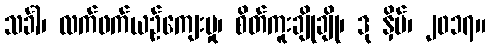
သင်္ခါ၊ လက်ဖက်ယဉ်ကျေးမှု၊ စိတ်ကူးချိုချို၊ ဒု နှိပ်၊ ၂၀၁၇။